Lunatic asylums Central Provinces reports 1874-1885 - 1874-1885
Year: 1874
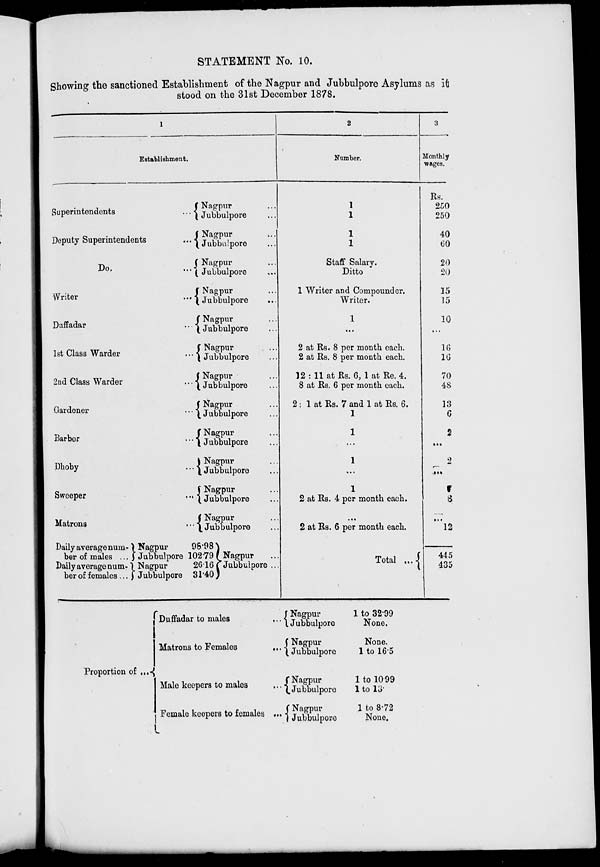
STATEMENT No. 10.
Showing the sanctioned Establishment of the Nagpur and Jubbulpore Asylums as it
stood on the 31st December 1878.
1
Establishment.
Superintendents
...
Deputy Superintendents ...
Do.
...
Writer
...
Duffadar ...
1st Class Warder ...
2nd Class Warder ...
Gardener ...
Barber ...
Dhoby ...
Sweeper
...
Matrons ...
Daily average num-
ber of males ...
Daily average num-
ber of females ...
Nagpur 98.98
Jubbulpore 102.79
Nagpur 26.16
Jubbulpore 31.40
Nagpur ...
Jubbulpore ...
Nagpur ...
Jubbulpore ...
Nagpur ...
Jubbulpore ...
Nagpur ...
Jubbulpore ...
Nagpur ...
Jubbulpore ...
Nagpur ...
Jubbulpore ...
Nagpur ...
Jubbulpore ...
Nagpur ...
Jubbulpore ...
Nagpur ...
Jubbulpore ...
Nagpur ...
Jubbulpore ...
Nagpur ...
Jubbulpore ...
Nagpur ...
Jubbulpore ...
Nagpur ...
Jubbulpore ...
2
Number.
1
1
1
1
Staff Salary.
Ditto
1 Writer and Compounder.
Writer.
1
...
2 at Rs. 8 per month each.
2 at Rs. 8 per month each.
12 : 11 at Rs. 6, 1 at Re. 4.
8 at Rs. 6 per month each.
2 : 1 at Rs. 7 and 1 at Rs. 6.
1
1
...
1
...
1
2 at Rs. 4 per month each.
...
2 at Rs. 6 per month each.
Total ...
3
Monthly
wages.
Rs.
250
250
40
60
20
20
15
15
10
...
16
16
70
48
13
6
2
...
2
...
8
...
12
445
435
Proportion of ...
Duffadar to males ...
Matrons to Females ...
Male keepers to males ...
Female keepers to females ...
Nagpur
Jubbulpore
Nagpur
Jubbulpore
Nagpur
Jubbulpore
Nagpur
Jubbulpore
1 to 32.99
None.
None.
1 to 16.5
1 to 10.99
1 to 13.
1 to 8.72
None.